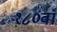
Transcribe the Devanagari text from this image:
१८०वाँ